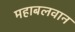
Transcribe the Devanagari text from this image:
महाबलवान